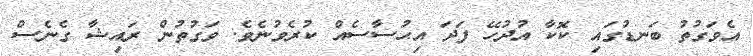
އެވަގުތު ބަނޑުގައި ކޮކާ އުދުހޭ ފަދަ އިޙުސާސެއް ކުރެވުނެވެ. ވަގުތުން ރައިޝާ ގެނެސް